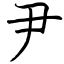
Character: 尹